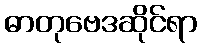
ဓာတုဗေဒဆိုင်ရာ